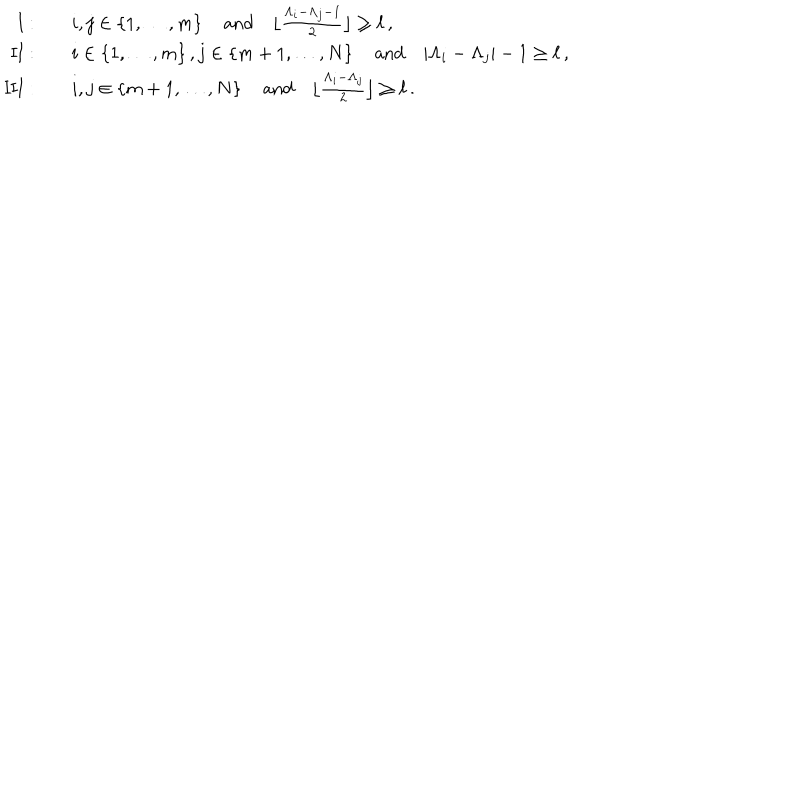
LaTeX: \begin{array} { r l } { { \mathrm { { I } } : } } & { { \quad i , j \in \{ 1 , \dots , m \} \, \quad { \mathrm { a n d } } \quad \lfloor \frac { \Lambda _ { i } - \Lambda _ { j } - 1 } { 2 } \rfloor \geq \ell \, , } } \\ { { \mathrm { { I I } } : } } & { { \quad i \in \{ 1 , \dots , m \} \, , j \in \{ m + 1 , \dots , N \} \, \quad { \mathrm { a n d } } \quad | \Lambda _ { i } - \Lambda _ { j } | - 1 \geq \ell \, , } } \\ { { \mathrm { { I I I } } : } } & { { \quad i , j \in \{ m + 1 , \dots , N \} \, \quad { \mathrm { a n d } } \quad \lfloor \frac { \Lambda _ { i } - \Lambda _ { j } } { 2 } \rfloor \geq \ell \, . } } \\ \end{array}